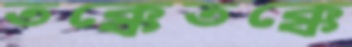
তক্কেতক্কে